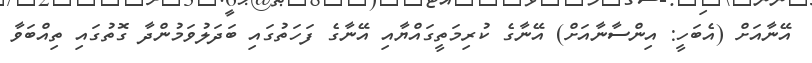
އޭނާއަށް (އެބަހީ: އިންސާނާއަށް) އޭނާގެ ކުރިމަތީގައްޔާއި އޭނާގެ ފަހަތުގައި ބަދަލުވަމުންދާ ގޮތުގައި ތިއްބަވާ